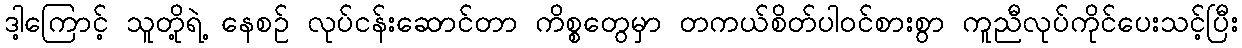
ဒါ့ကြောင့် သူတို့ရဲ့ နေစဉ် လုပ်ငန်းဆောင်တာ ကိစ္စတွေမှာ တကယ်စိတ်ပါဝင်စားစွာ ကူညီလုပ်ကိုင်ပေးသင့်ပြီး